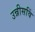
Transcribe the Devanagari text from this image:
उन्नीसविं